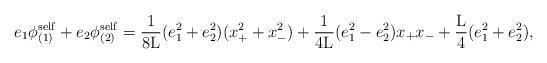
LaTeX: \begin{align*}e_1 {\phi}_{(1)}^{\rm self} + e_2 {\phi}_{(2)}^{\rm self} =\frac{1}{8{\rm L}} (e_1^2 + e_2^2) (x_{+}^2 + x_{-}^2)+ \frac{1}{4{\rm L}} (e_1^2 - e_2^2) x_{+}x_{-}+ \frac{{\rm L}}{4} (e_1^2 + e_2^2),\end{align*}